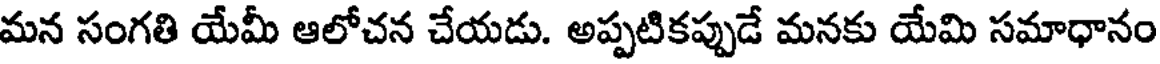
మన సంగతి యేమీ ఆలోచన చేయడు. అప్పటికప్పుడే మనకు యేమి సమాధానం